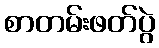
စာတမ်းဖတ်ပွဲ